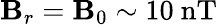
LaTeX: \mathbf{B}_{r}=\mathbf{B}_{0}\sim10~\mathrm{{nT}}